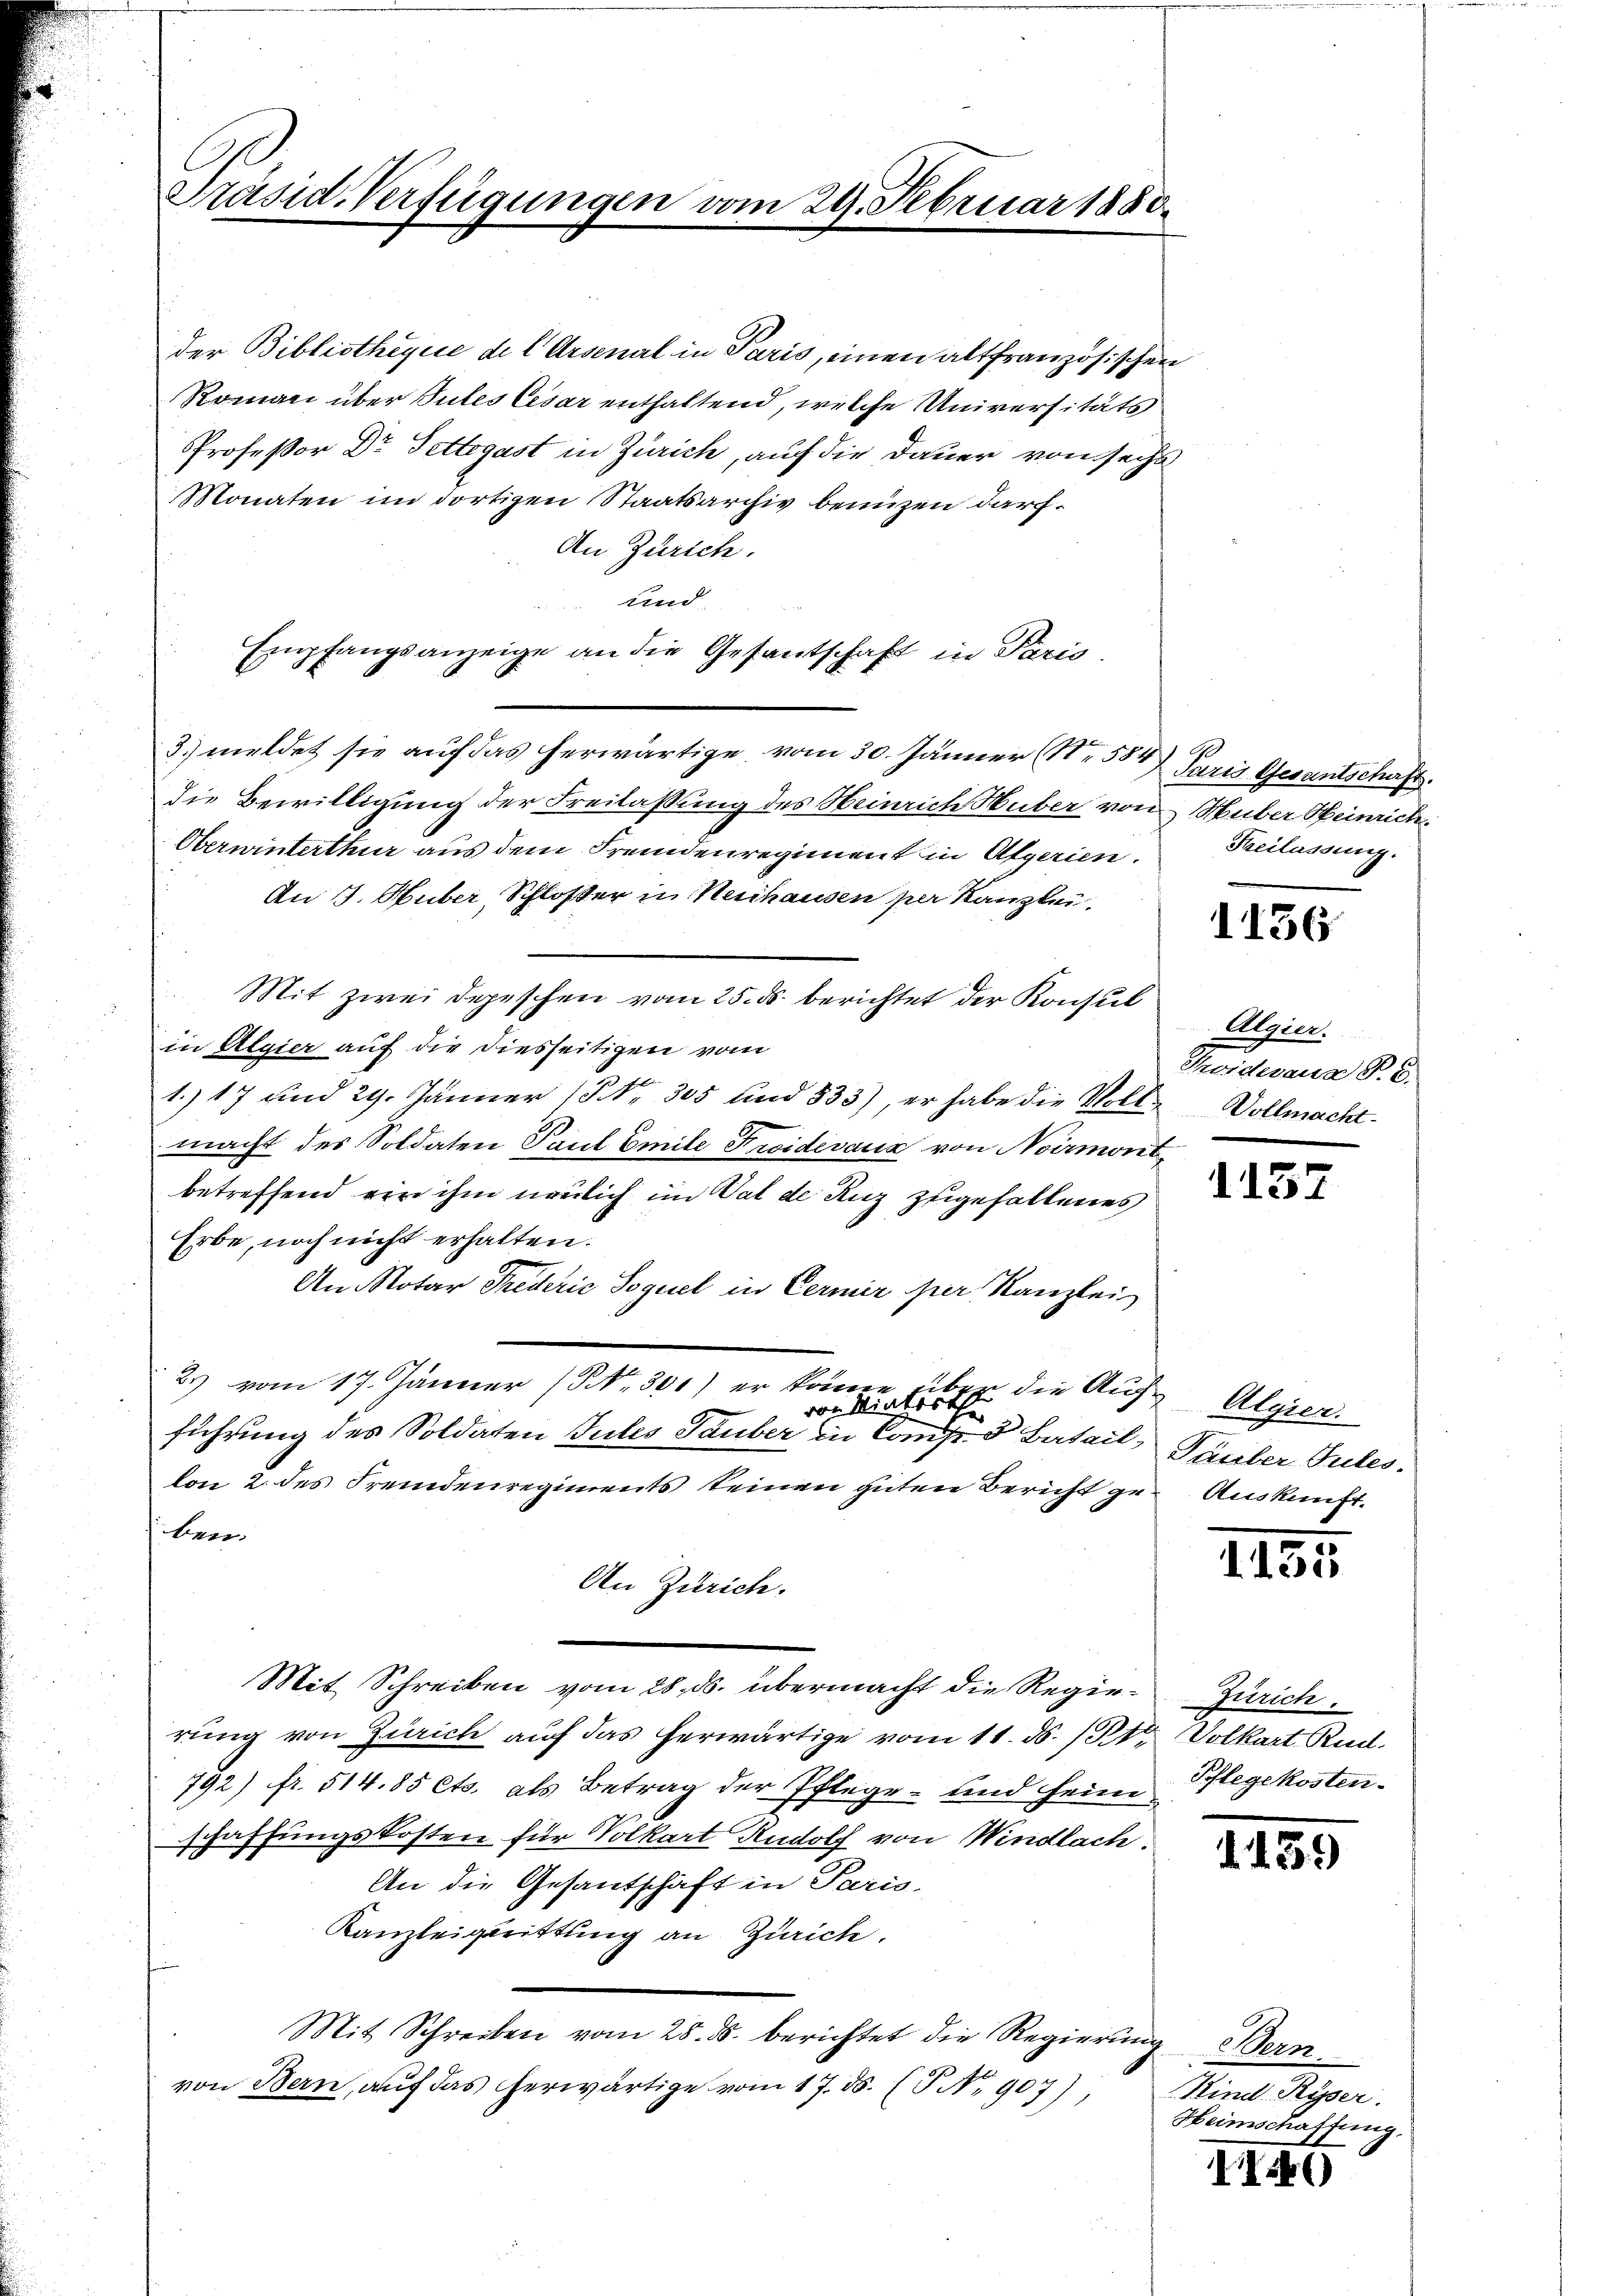
der Bibliothequie de l Arsenal in Paris, einen altfranzösischen
Romani über Sules Cesar enthaltend, welche Universitäts
Professor Dr. Fettegast in Zürich, auf die Dauer von sechs
Monaten im dortigen Staatsarchiv benuzen darf.
An Zürich.
und
Empfangsanzeige an die Gesantschaft in Paris.
3. meldet sie auf das herwärtige vom 30. Jänner (N. 584. Paris Gesantschaft.
Die Bewilligung der Freilassung des Heinrich Huber von Huber Heinrich
Oberwinterthur aus dem Fremdenregiment in Algerien.
An J. Huber, Schloßer in Neuhausen per Kanzlei.
Mit zwei Depeschen vom 25. ds. berichtet der Konsul
in Algier auf die diesseitigen vom
1.) 17 und 29. Jänner (Nr. 305 und 533), er habe die Vollmacht des Soldaten Paul Emile Freidevaux von Noirmont
betreffend ein ihm neulich in Val de Ruz zugefallenes
Erbe, noch nicht erhalten.
An Notar Frederić Soguel in Cernir per Kanzlei
2) vom 17. Jänner (NNo. 301) er könne
b.
vondirterth die Auf Algier.
führung des Soldaten Gutes Tauber in Comp. 5 Batail, Pauler Tutes.
lon 2. des Fremdenregiments seinen guten Bericht ge
ben.
An Zürich.
Mit Schreiben vom 28. ds. übermacht die Regierung von Zürich auf das herwärtige vom 11. ds. 1 Pkt. Volkart Rud.
792) fr. 514. 85 Cts. als Betrag der Pflege- und seine Pflegekostenschaffungskosten für Volkart Rudolf von Windlach.
An die Gesantschäft in Paris
Kanzleiquittung an Zürich,
Mit Schreiben vom 28. ds. berichtet die Regierung Bern
von Bern, auf das herwärtige vom 17. ds. (T No. 907)

Präsid. Verfügungen vom 24. Februar 1880.

Reilassung.

1136

Algier.
Troideraus P. C.
Vollmacht.

1137

Auskunft.

1155

Zürich.

d. 159

Kind Ryser.
Heimschaffung.

II